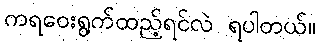
ကရဝေးရွက်ထည့်ရင်လဲ ရပါတယ်။